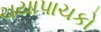
ચયાપાચકો